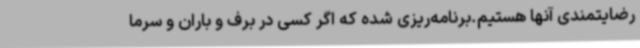
رضایتمندی آنها هستیم.برنامه‌ریزی شده که اگر کسی در برف و باران و سرما